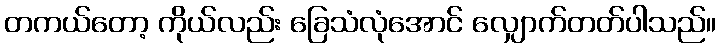
တကယ်တော့ ကိုယ်လည်း ခြေသံလုံအောင် လျှောက်တတ်ပါသည်။